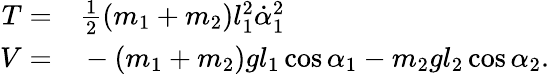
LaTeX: \begin{array}{rl}{T=}&{{}\frac{1}{2}(m_{1}+m_{2})l_{1}^{2}\dot{\alpha}_{1}^{2}}\\ {V=}&{{}-(m_{1}+m_{2})gl_{1}\cos\alpha_{1}-m_{2}gl_{2}\cos\alpha_{2}.}\end{array}